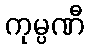
ကုမ္ပဏီ